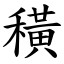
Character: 穔